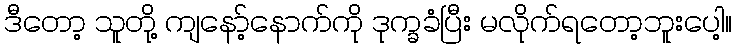
ဒီတော့ သူတို့ ကျနော့်နောက်ကို ဒုက္ခခံပြီး မလိုက်ရတော့ဘူးပေါ့။